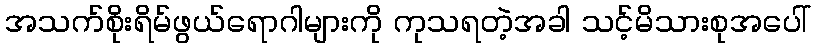
အသက်စိုးရိမ်ဖွယ်ရောဂါများကို ကုသရတဲ့အခါ သင့်မိသားစုအပေါ်